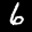
Label: 6